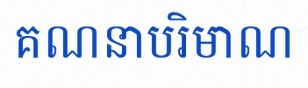
គណនាបរិមាណ